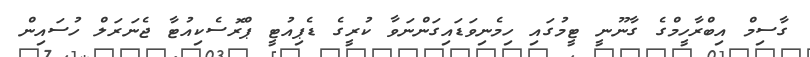
ގާސިމް އިބްރާހީމްގެ ގާނޫނީ ޓީމުގައި ހިމެނިވަޑައިގަންނަވާ ކުރީގެ ޑެޕިއުޓީ ޕްރޮސެކިއުޓާ ޖެނަރަލް ހުސައިން